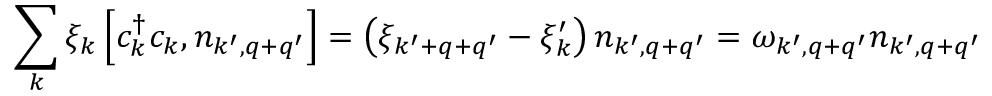
\sum _ { k } \xi _ { k } \left[ c _ { k } ^ { \dag } c _ { k } , n _ { k ^ { \prime } , q + q ^ { \prime } } \right] = \left( \xi _ { k ^ { \prime } + q + q ^ { \prime } } - \xi _ { k } ^ { \prime } \right) n _ { k ^ { \prime } , q + q ^ { \prime } } = \omega _ { k ^ { \prime } , q + q ^ { \prime } } n _ { k ^ { \prime } , q + q ^ { \prime } }